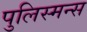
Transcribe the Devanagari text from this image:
पुलिस्मन्स